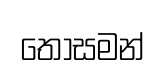
තොසමන්